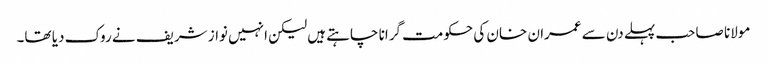
مولانا صاحب پہلے دن سے عمران خان کی حکومت گرانا چاہتے ہیں لیکن انہیں نواز شریف نے روک دیا تھا۔